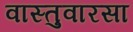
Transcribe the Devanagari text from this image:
वास्तुवारसा